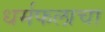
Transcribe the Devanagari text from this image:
धर्मफलाचा